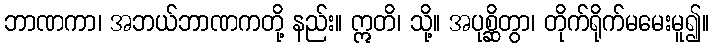
ဘာဏကာ၊ အဘယ်ဘာဏကတို့ နည်း။ ဣတိ၊ သို့။ အပုစ္ဆိတွာ၊ တိုက်ရိုက်မမေးမူ၍။